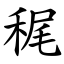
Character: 䅏